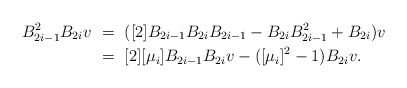
\begin{align*}B_{2i-1}^2B_{2i}v\ &=\ ([2]B_{2i-1}B_{2i}B_{2i-1}-B_{2i}B_{2i-1}^2+B_{2i})v\cr&=\ [2][\mu_i]B_{2i-1}B_{2i}v-([\mu_i]^2-1)B_{2i}v.\end{align*}